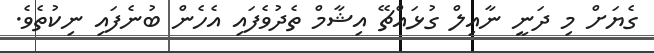
ގެޔަށް މި ދަނީ ނާއިލް ގުޅައްޗޭ އިޝާމް ތެދުވެފައި އެހެން ބުނެފައި ނިކުތެވެ.